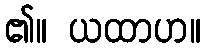
၏။ ယထာဟ။